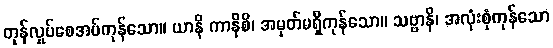
တုန်လှုပ်စေအပ်ကုန်သော။ ယာနိ ကာနိစိ၊ အမှတ်မရှိကုန်သော။ သဗ္ဗာနိ၊ အလုံးစုံကုန်သော